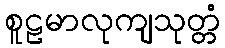
စူဠမာလုကျသုတ္တံ